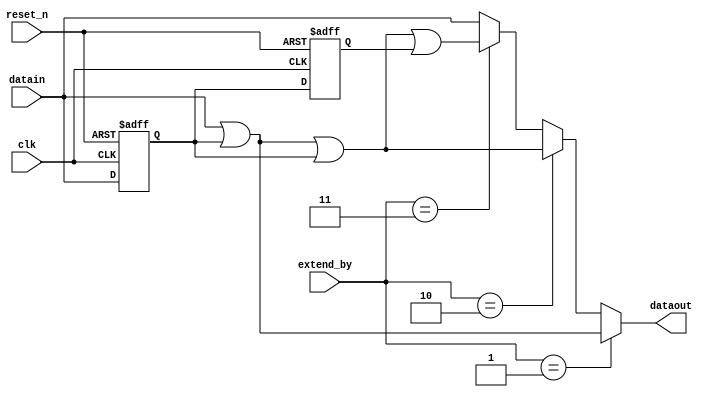
module nios_mem_if_ddr2_emif_0_p0_fr_cycle_extender(
	clk,
	reset_n,
	extend_by,
	datain,
	dataout
);

// ******************************************************************************************************************************** 
// BEGIN PARAMETER SECTION
// All parameters default to "" will have their values passed in from higher level wrapper with the controller and driver 

parameter DATA_WIDTH = ""; 
parameter REG_POST_RESET_HIGH = "false";

localparam RATE_MULT = 2;
localparam REG_STAGES = 2;
localparam FULL_DATA_WIDTH = DATA_WIDTH*RATE_MULT;

// END PARAMETER SECTION
// ******************************************************************************************************************************** 

input	clk;
input	reset_n;
input	[1:0] extend_by; 
input	[FULL_DATA_WIDTH-1:0] datain;
output	[FULL_DATA_WIDTH-1:0] dataout;


reg [FULL_DATA_WIDTH-1:0] datain_r [REG_STAGES-1:0] /* synthesis dont_merge */;

generate
	genvar stage;
	for (stage = 0; stage < REG_STAGES; stage = stage + 1)
	begin : stage_gen
		always @(posedge clk or negedge reset_n)
		begin
			if (~reset_n) 
				if (REG_POST_RESET_HIGH == "true") 
					datain_r[stage] <= {FULL_DATA_WIDTH{1'b1}};
				else
					datain_r[stage] <= {FULL_DATA_WIDTH{1'b0}};
			else 
				datain_r[stage] <= (stage == 0) ? datain : datain_r[stage-1];
		end
	end
endgenerate


wire [DATA_WIDTH-1:0] datain_t0 = datain[(DATA_WIDTH*1)-1:(DATA_WIDTH*0)];
wire [DATA_WIDTH-1:0] datain_t1 = datain[(DATA_WIDTH*2)-1:(DATA_WIDTH*1)];
wire [DATA_WIDTH-1:0] datain_r_t0 = datain_r[0][(DATA_WIDTH*1)-1:(DATA_WIDTH*0)];
wire [DATA_WIDTH-1:0] datain_r_t1 = datain_r[0][(DATA_WIDTH*2)-1:(DATA_WIDTH*1)];
wire [DATA_WIDTH-1:0] datain_rr_t1 = datain_r[1][(DATA_WIDTH*2)-1:(DATA_WIDTH*1)];

assign dataout = (extend_by == 2'b01) ? {datain_t1 | datain_t0, 
                                         datain_t0 | datain_r_t1} : (
                 (extend_by == 2'b10) ? {datain_t1 | datain_t0   | datain_r_t1, 
				                         datain_t0 | datain_r_t1 | datain_r_t0} : (
                 (extend_by == 2'b11) ? {datain_t1 | datain_t0   | datain_r_t1 | datain_r_t0, 
				                         datain_t0 | datain_r_t1 | datain_r_t0 | datain_rr_t1} : (
                                        {datain_t1, datain_t0} )));
	

endmodule